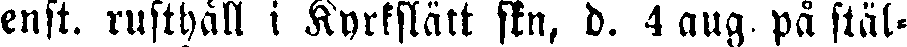
enst. rusthåll i Kyrkslätt skn, d. 4 aug. på stäl-